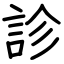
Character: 診